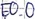
Text: E0.0